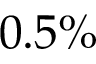
0 . 5 \%